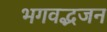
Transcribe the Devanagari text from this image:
भगवद्भजन